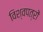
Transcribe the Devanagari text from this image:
विश्वपत्रों